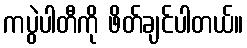
ကပွဲပါတီကို ဖိတ်ချင်ပါတယ်။